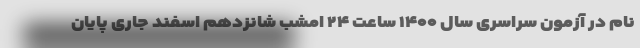
نام در آزمون سراسری سال ۱۴۰۰ ساعت ۲۴ امشب شانزدهم اسفند جاری پایان